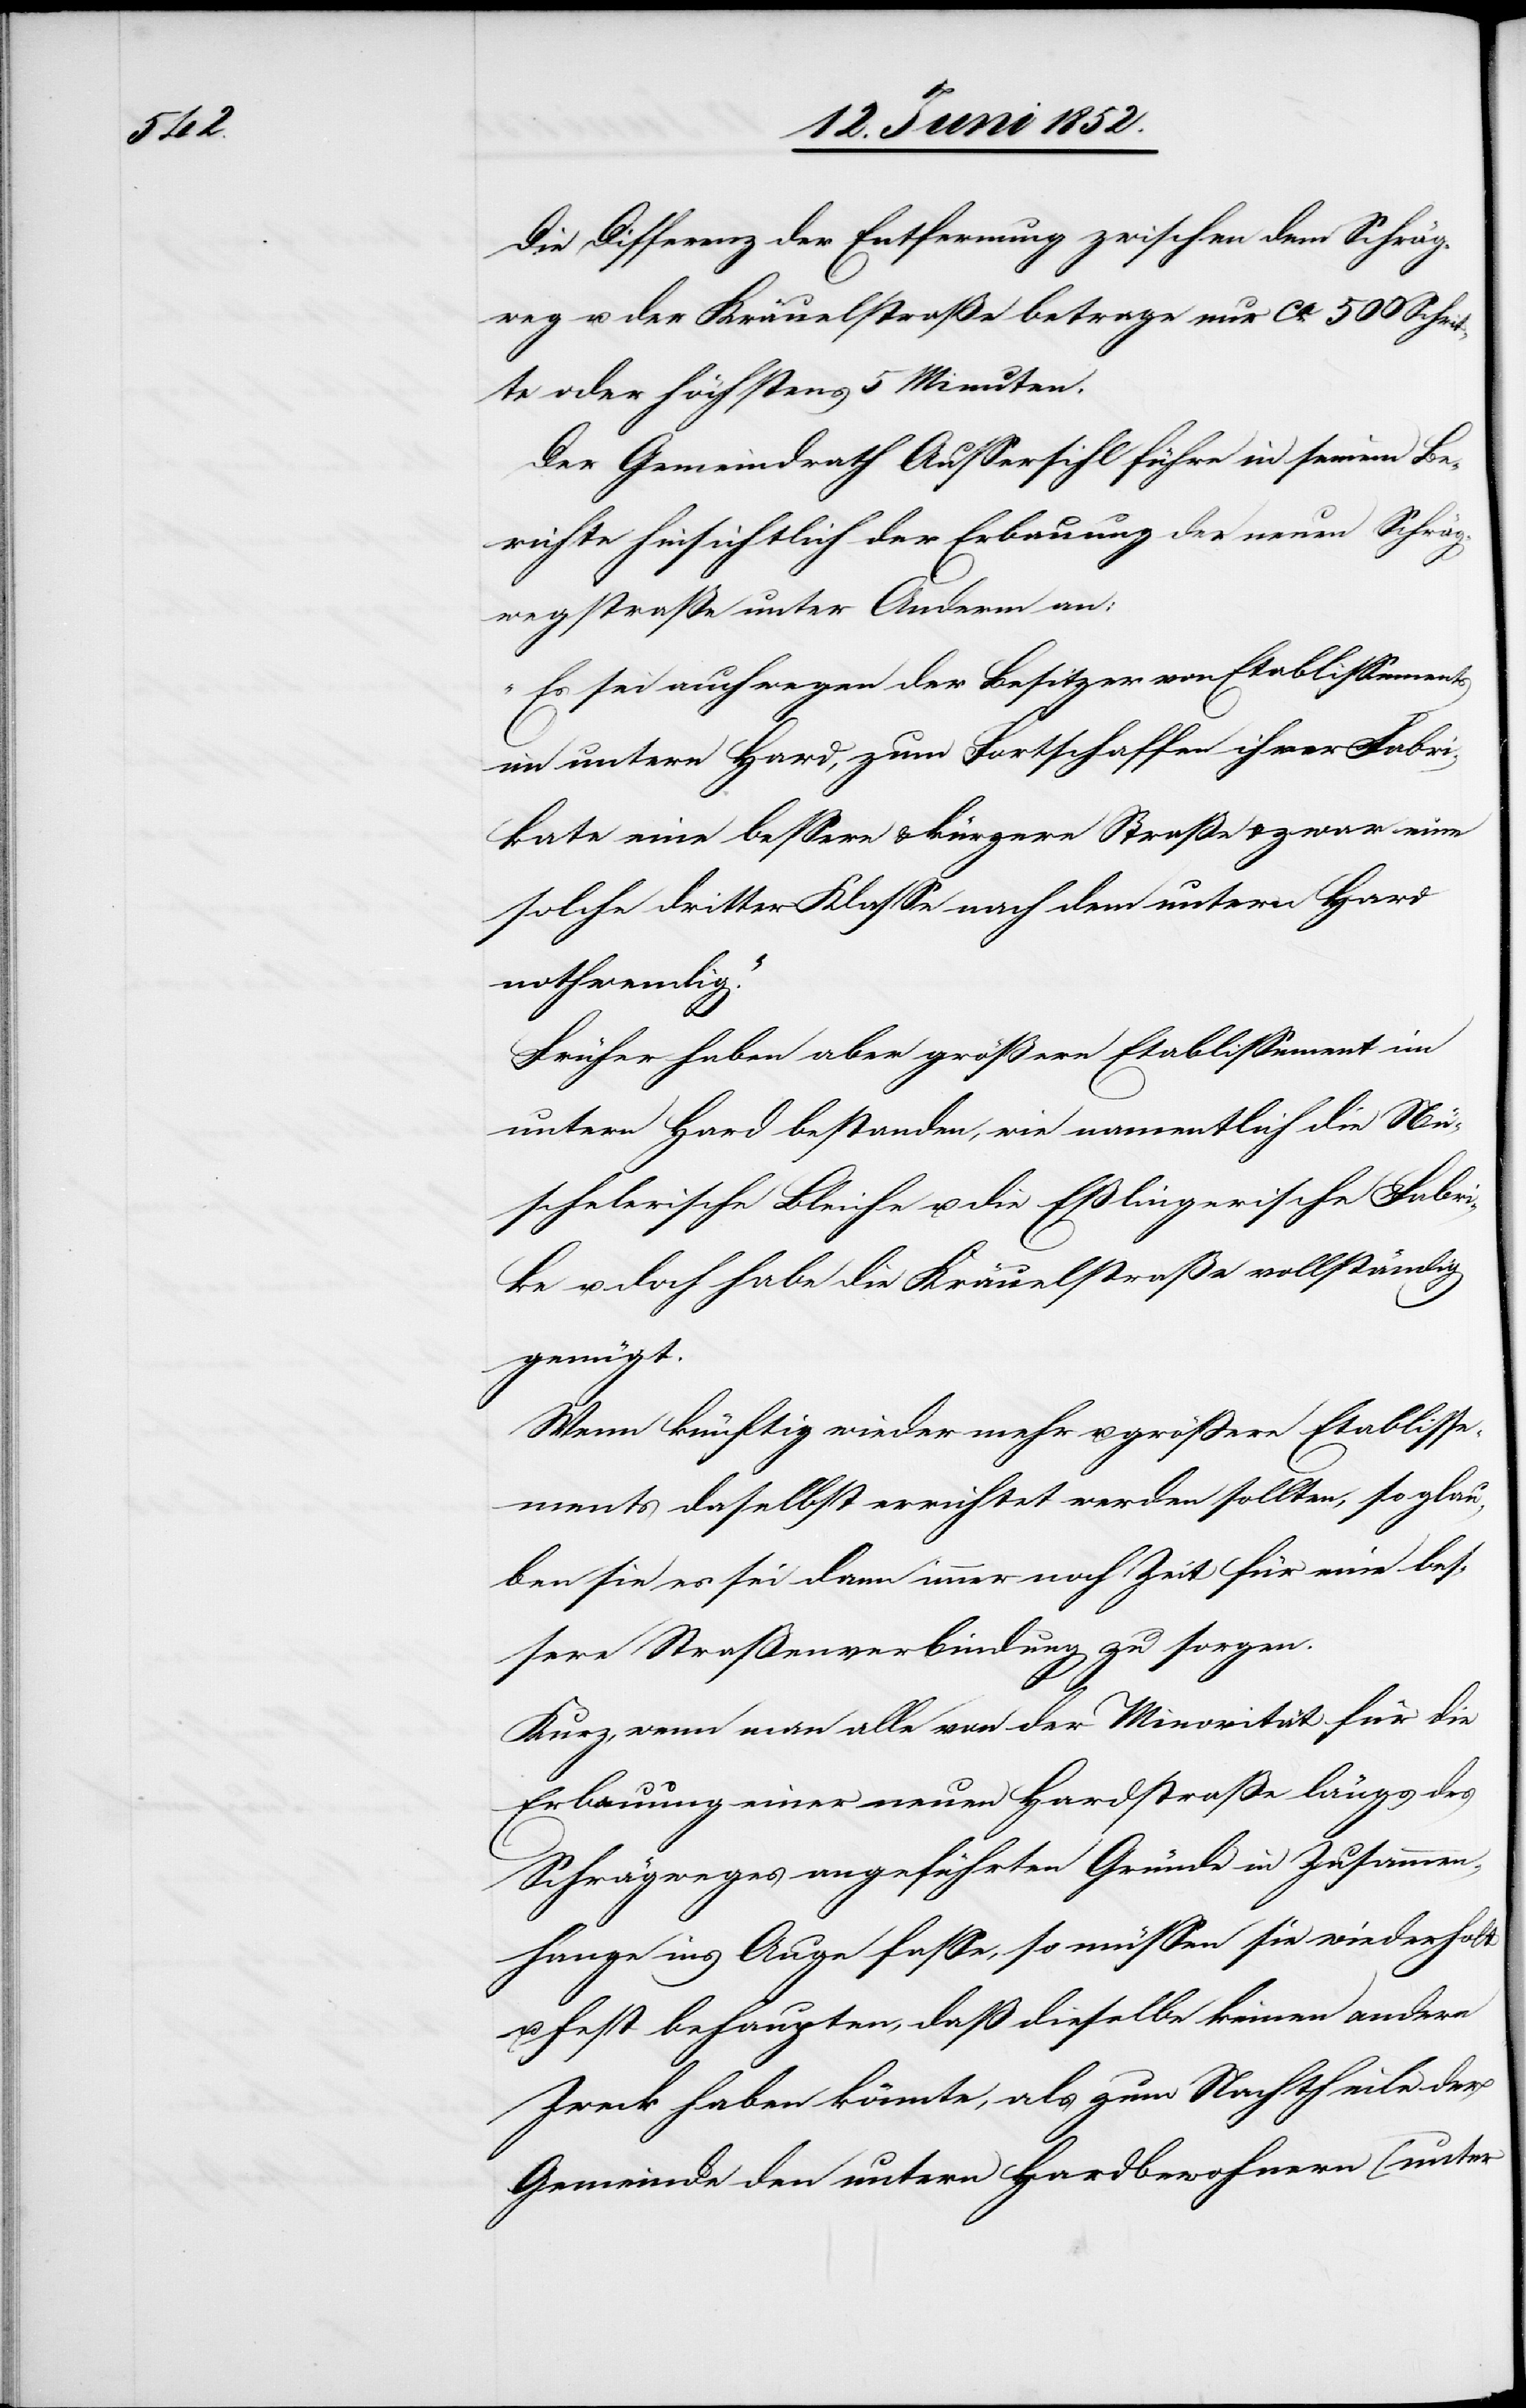
Die Differenz der Entfernung zwischen dem Schräg¬
weg u. der Kräuelstraße betrage nur ca. 500 Schri¬
tte oder höchstens 5 Minuten.
Der Gemeindrath Aussersihl führe in seinem Be¬
richte hinsichtlich der Erbauung der neuen Schräg¬
wegstraße unter Anderm an:
„Es sei auch wegen der Besitzer von Etablissements
im untern Hard, zum Fortschaffen ihrer Fabri¬
kate eine bessere & kürzere Straße & zwar eine
solche dritter Klasse nach dem untern Hard
nothwendig.“
Früher haben aber größere Etablissement[s] im
untern Hard bestanden, wie namentlich die Nü¬
schelerische Bleiche u. die Eßlingerische Fabri¬
ke u. doch habe die Kräuelstraße vollständig
genügt.
Wenn künftig wieder mehr u. grössere Etablisse¬
ments daselbst errichtet werden sollten, so glau¬
ben sie es sei dann immer noch Zeit für eine bes¬
sere Straßenverbindung zu sorgen.
Kurz, wenn man alle von der Minorität für die
Erbauung einer neuen Hardstraße längs des
Schrägweges angeführten Gründe in Zusammen¬
hange ins Auge fasse, so müssen sie wiederholt
u. fest behaupten, daß dieselbe keinen andern
Zweck haben könnte, als zum Nachtheile der
Gemeinde den untern Hardbewohnern (unter